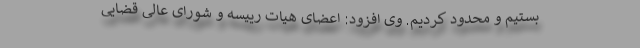
بستیم و محدود کردیم. وی افزود: اعضای هیات رییسه و شورای عالی قضایی